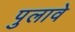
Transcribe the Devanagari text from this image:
पुलावे